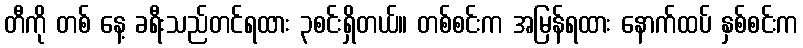
တီကို တစ် နေ့ ခရီးသည်တင်ရထား ၃စင်းရှိတယ်။ တစ်စင်းက အမြန်ရထား နောက်ထပ် နှစ်စင်းက